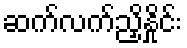
ဆက်လက်ညှိနှိုင်း